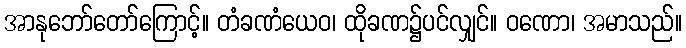
အာနုဘော်တော်ကြောင့်။ တံခဏံယေဝ၊ ထိုခဏ၌ပင်လျှင်။ ဝဏော၊ အမာသည်။